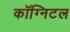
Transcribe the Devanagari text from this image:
कॉग्निटल